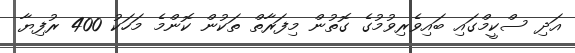
އަދި ސްކީމްގައި ބައިވެރިވުމުގެ ގޮތުން މިފަރާތް ތަކުން ކޮންމެ މަހަކު 400 ރުފިޔާ